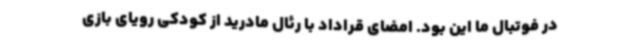
در فوتبال ما این بود. امضای قراداد با رئال مادرید از کودکی رویای بازی